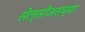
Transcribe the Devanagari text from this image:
सेल्सीअसच्या